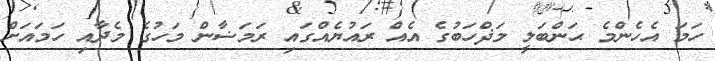
ހަމަ އެހެންމެ ޙަންބަލީ މަޛްހަބުގެ އެއް ރައުޔެއްގައި ރަމަޟާން މަހުގެ މެދާއި ހަމައަށް